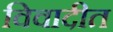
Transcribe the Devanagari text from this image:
विवादीत